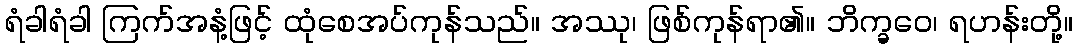
ရံခါရံခါ ကြက်အနံ့ဖြင့် ထုံစေအပ်ကုန်သည်။ အဿု၊ ဖြစ်ကုန်ရာ၏။ ဘိက္ခဝေ၊ ရဟန်းတို့။